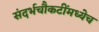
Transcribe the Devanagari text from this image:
संदर्भचौकटींमध्येच